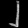
Digit: ၂